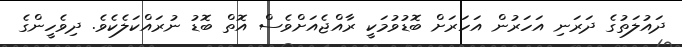
ދައުލަތުގެ ދަރަނި އަހަރުން އަހަރަށް ބޮޑުވުމަކީ ރާއްޖެއަށްވެސް އޮތް ބޮޑު ނުރައްކަލެކެވެ. ދިވެހީންގެ